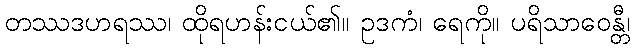
တဿဒဟရဿ၊ ထိုရဟန်းငယ်၏။ ဥဒကံ၊ ရေကို။ ပရိသာဝေန္တီ၊